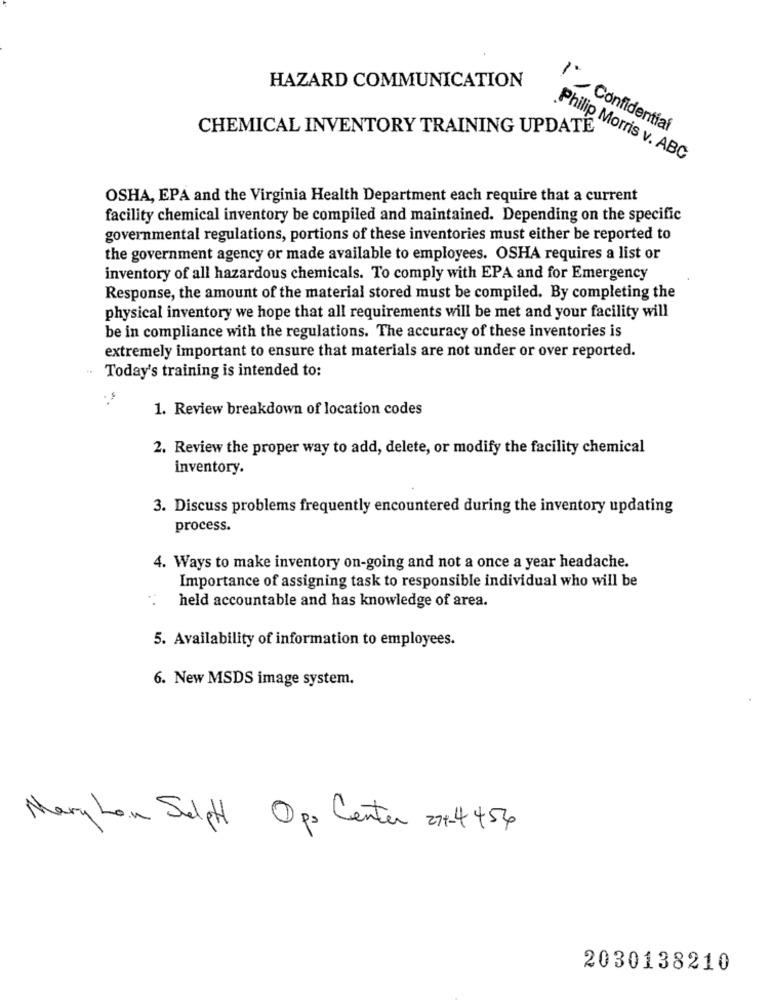
HAZARD COMMUNICATION
CHEMICAL INVENTORY TRAINING UPDATE
1" Confidential
Philip Morris v. ABC
OSHA, EPA and the Virginia Health Department each require that a current
facility chemical inventory be compiled and maintained. Depending on the specific
governmental regulations, portions of these inventories must either be reported to
the government agency or made available to employees. OSHA requires a list or
inventory of all hazardous chemicals. To comply with EPA and for Emergency
Response, the amount of the material stored must be compiled. By completing the
physical inventory we hope that all requirements will be met and your facility will
be in compliance with the regulations. The accuracy of these inventories is
extremely important to ensure that materials are not under or over reported.
Today's training is intended to:
1. Review breakdown of location codes
2. Review the proper way to add, delete, or modify the facility chemical
inventory.
3. Discuss problems frequently encountered during the inventory updating
process.
4. Ways to make inventory on-going and not a once a year headache.
Importance of assigning task to responsible individual who will be
held accountable and has knowledge of area.
5. Availability of information to employees.
6. New MSDS image system.
Mary Lou Salpt Ops Center 27-4454
2030138210